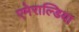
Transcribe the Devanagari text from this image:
एमेराल्डिया